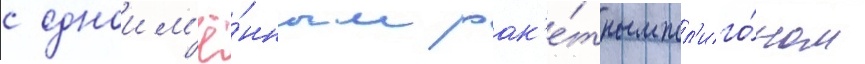
с одноим'ё́нным рак'е́тным пол'иго́ном